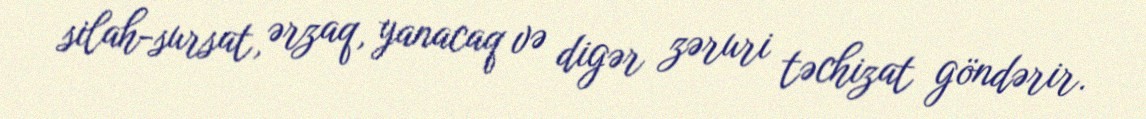
silah-sursat, ərzaq, yanacaq və digər zəruri təchizat göndərir.